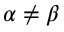
\alpha \neq \beta